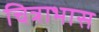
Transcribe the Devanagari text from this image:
चित्राभास